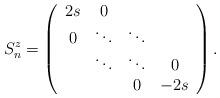
LaTeX: \begin{align*}S_{n}^{z}=\left( \begin{array}{cccc}2s & 0 & & \\ 0 & \ddots & \ddots & \\ & \ddots & \ddots & 0 \\ & & 0 & -2s\end{array}\right) .\end{align*}